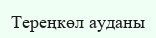
Тереңкөл ауданы